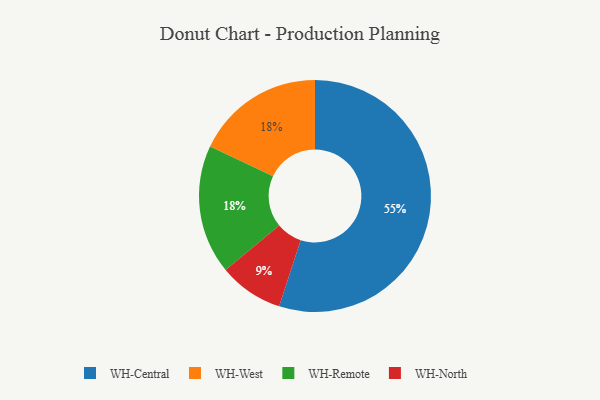
{"axis": {"x": "Category", "y": "Percentage"}, "legend": ["WH-Central", "WH-North", "WH-Remote", "WH-West"], "data": [{"x": "WH-West", "y": 18, "type": "WH-West"}, {"x": "WH-Remote", "y": 18, "type": "WH-Remote"}, {"x": "WH-North", "y": 9, "type": "WH-North"}, {"x": "WH-Central", "y": 55, "type": "WH-Central"}]}